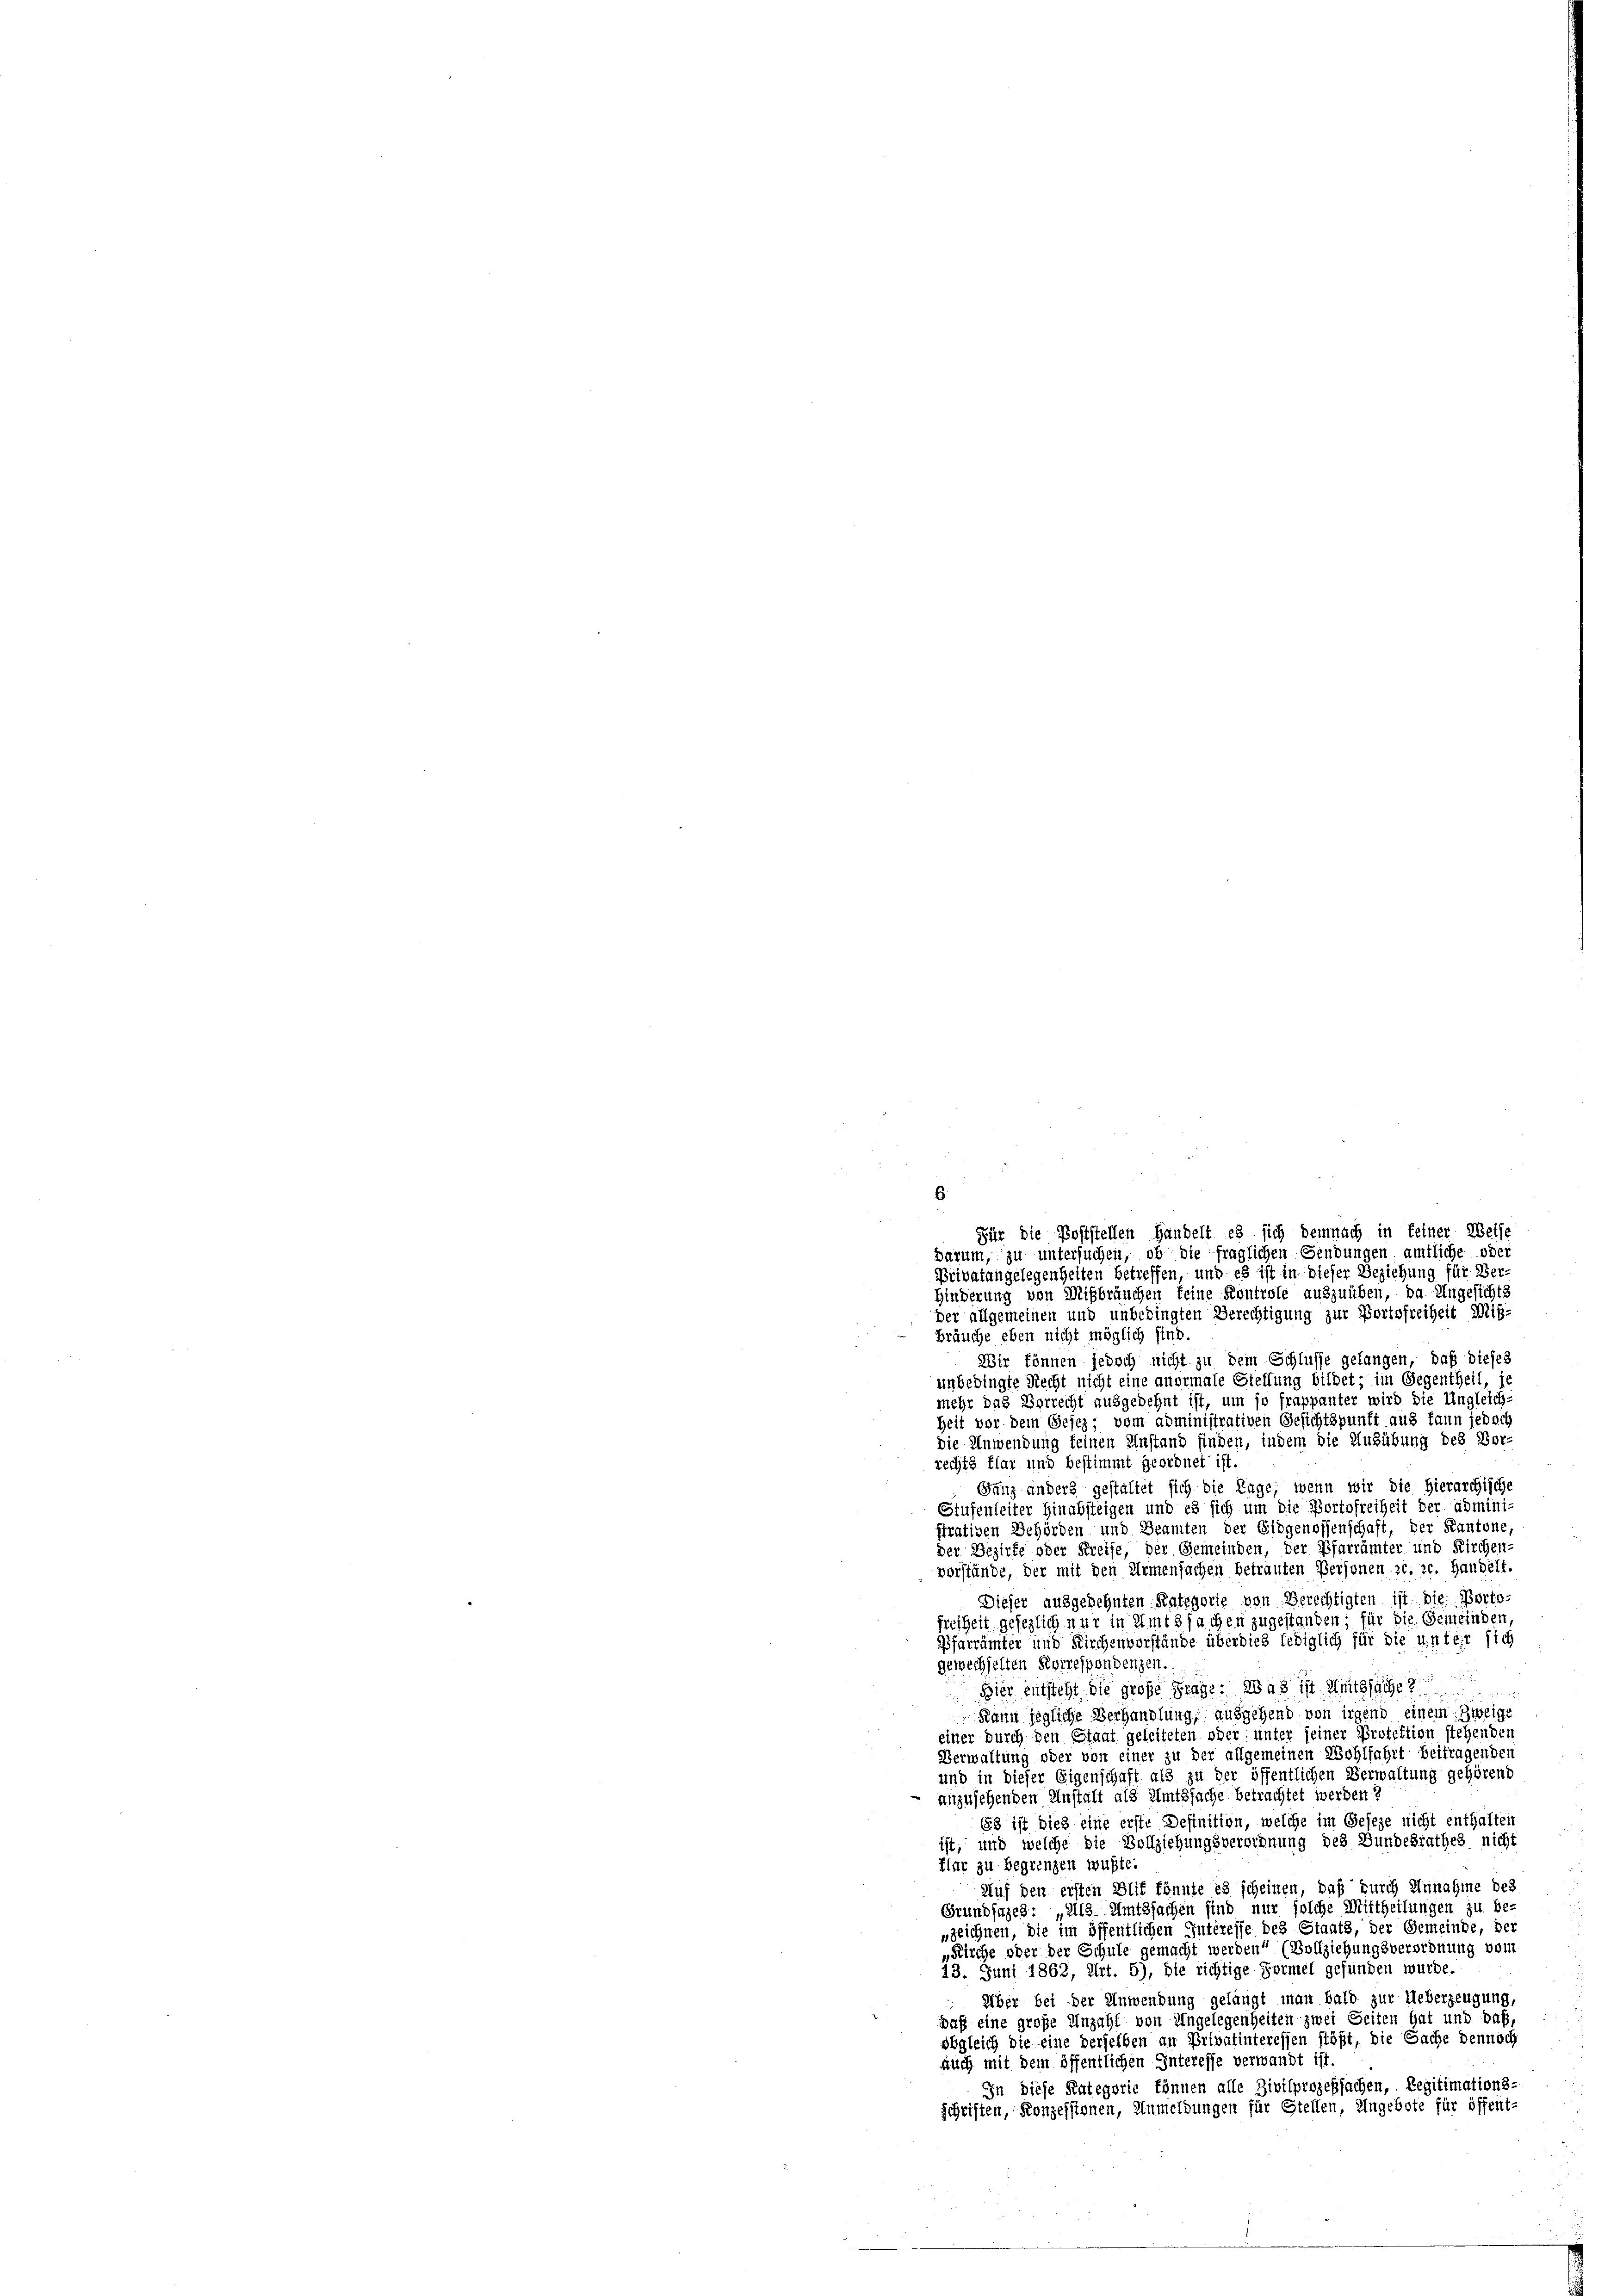
Hinderung von Mißbräuchen keine Kontrole auszuüben, da Angesichts
der allgemeinen und unbedingten Berechtigung zur Portofreiheit Mißbräuche eben nicht möglich sind.
Wir können jedoch nicht zu dem Schlüsse gelangen, daß dieses
unbedingte Recht nicht eine anormale Steffung bildet; im Gegentheil, je
mehr das Vorrecht ausgedehnt ist, um so frappanter wird die Ungleich-
Zeit vor dem Gesez; vom administrativen Gesichtspunkt aus kann jedoch
die Anwendung feinen Anstand finden, indem die Ausübung des Vor-
rechts flat und bestimmt geordnet ist.
Gunz anders gestaltet sich die Tage, wenn wir die Hierarchische
Stufenleiter Hinabsteigen und es sich um die Portofreiheit der admini
strativen Behörden und Beamten der Eidgenossenschaft, der Kantone,
der Bezirke oder Kreise, der Gemeinden, der Pfarrämter und Kirchen-
vorstände, der mit den Armensachen betrauten Personen zu. z. Handelt.
Dieser ausgedehnten Kategorie von Berechtigten ist. Die Portofreiheit gesezlich nur in Amtssachen zugestanden; für die Gemeinden
Pfarrämter und Kirchenvorstände überdies lediglich für die unter sich
gewechselten Korrespondenzen.
Hier entsteht die große Frage. Was ist Seitsfäche
Kann jegliche Verhandlung, ausgehend von irgend einem Zweige
einer durch den Staat geleiteten oder unter seiner Protektion stehenden
Verwaltung ober von einer zu der allgemeinen Wohlfahrt beitragender
und in dieser Eigenschaft als zu der öffentlichen Verwaltung gehörend
anzusehenden Anstalt als Amtssache betrachtet werden?
58 ist dies eine erste Definition, welche im Geseze nicht enthalten
ist, und welche die Vollziehungsverordnung des Bundesrathes nicht
flar zu begrenzen wußte.
Auf den ersten Blif könnte es scheinen, daß durch Annahme des
Grundsazes: „Als Amtssachen sind nur solche Mittheilungen zu be-
nzeichnen, die im öffentlichen Interesse des Staats, der Gemeinde, der
„Kirche oder der Schule gemacht werden“ (Vollziehungsverordnung von
13. Juni 1862, Art. 5), die richtige Formel gefunden wurde.
Über bei der Anwendung gelangt man bald zur Ueberzeugung,
paß eine große Anzahl von Angelegenheiten zwei Seiten hat und daß,
obgleich die eine derselben an Privatinteressen stößt, die Sache dennoch
auch mit dem öffentlichen Interesse verwandt ist.
In diese Kategorie können alle Zivilprozeßsachen, Legitimations.
schriften, Konzessionen, Anmeldungen für Stellen, Ungebote für öffent-

6
Für die Poststellen Handelt es sich demnach in feiner Weise
parum, zu untersuchen, ob die fraglichen Sendungen amtliche oder
Brivatangelegenheiten betreffen, und es ist in dieser Beziehung für Ver-